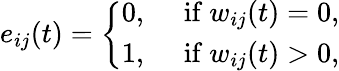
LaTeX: e_{ij}(t)=\left\{ \begin{array}{ll}{0,\ }&{{\mathrm{if}}\ w_{ij}(t)=0,}\\ {1,\ }&{{\mathrm{if}}\ w_{ij}(t)>0,}\end{array}\right.